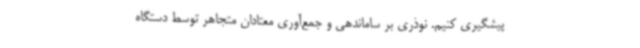
پیشگیری کنیم. نوذری بر ساماندهی و جمع‌آوری معتادان متجاهر توسط دستگاه